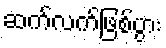
ဆက်လက်ဖြစ်ပွား